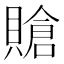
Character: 賶